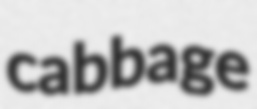
cabbage